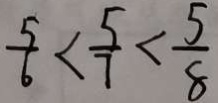
\frac { 5 } { 6 } < \frac { 5 } { 7 } < \frac { 5 } { 8 }